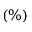
( \% )